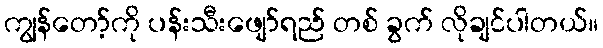
ကျွန်တော့်ကို ပန်းသီးဖျော်ရည် တစ် ခွက် လိုချင်ပါတယ်။